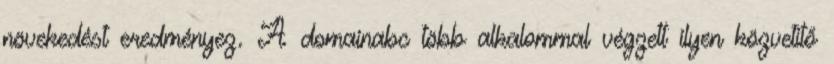
növekedést eredményez. A domainabc több alkalommal végzett ilyen közvetítő